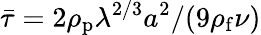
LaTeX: \bar{\tau}=2\rho_{\mathrm{p}}\lambda^{2/3}a^{2}/(9\rho_{\mathrm{f}}\nu)